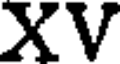
XV